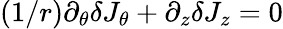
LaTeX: (1/r)\partial_{\theta}\delta J_{\theta}+\partial_{z}\delta J_{z}=0